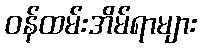
ဝန်ထမ်းအိမ်ရာများ